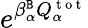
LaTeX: e^{\beta_{\alpha}^{\tt B}Q_{\alpha}^{\mathrm{~t~o~t~}}}